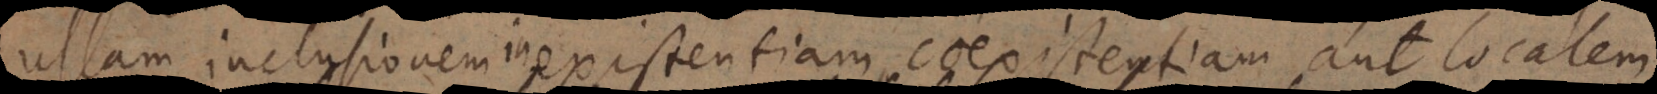
ullam inclusionem inexistentiam, coexistentiam aut localem